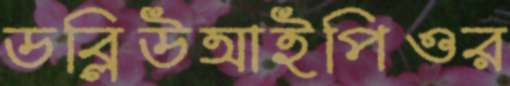
ডব্লিউআইপিওর